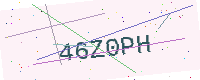
Text: 46Z0PH